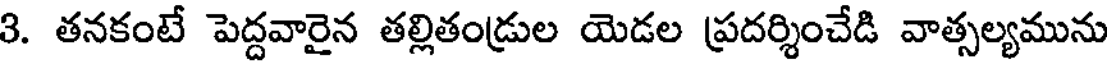
3. తనకంటే పెద్దవారైన తల్లితండ్రుల యెడల ప్రదర్శించేడి వాత్సల్యమును